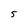
Character: 5